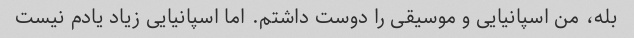
بله، من اسپانیایی و موسیقی را دوست داشتم. اما اسپانیایی زیاد یادم نیست